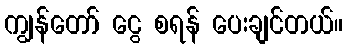
ကျွန်တော် ငွေ စရန် ပေးချင်တယ်။